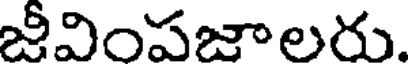
జీవింపజాలరు.